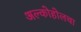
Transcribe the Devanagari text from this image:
अल्कोहोलचा